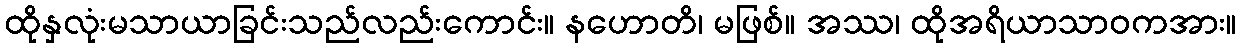
ထိုနှလုံးမသာယာခြင်းသည်လည်းကောင်း။ နဟောတိ၊ မဖြစ်။ အဿ၊ ထိုအရိယာသာဝကအား။